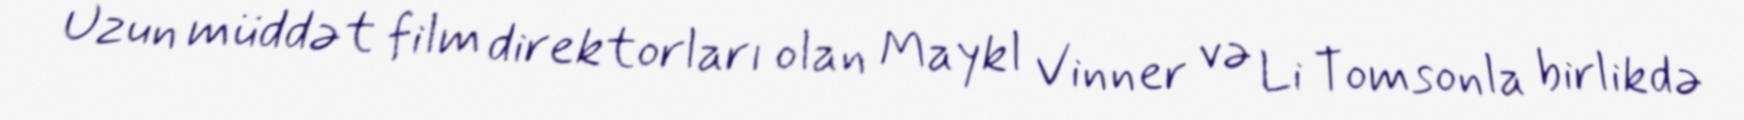
Uzun müddət film direktorları olan Maykl Vinner və Li Tomsonla birlikdə